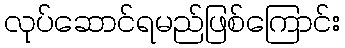
လုပ်ဆောင်ရမည်ဖြစ်ကြောင်း